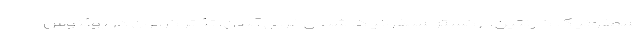
سمفونیک کارنتین، ارکستر سمفونیک شمال غربی آلمان، تئاتر کولون در بوئنوس